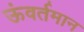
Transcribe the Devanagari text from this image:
ऊंवर्तमान